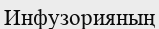
Инфузорияның